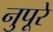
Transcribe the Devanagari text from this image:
नुपूरे